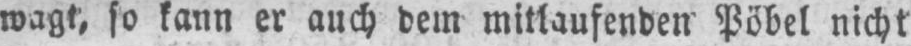
wagt, so kann er auch dem mitlaufenden Pöbel nicht